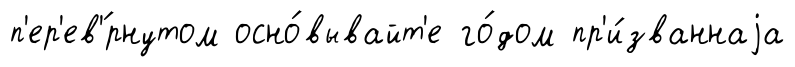
п'ер'ев'́рнутом осно́вывайт'е го́дом пр'и́званнаjа